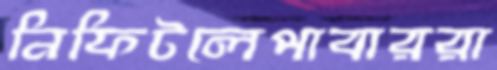
নিফিটলেপাবাররা